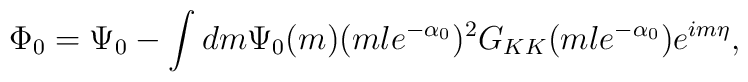
\Phi_0= \Psi_0 - \int dm \Psi_0(m) (ml e^{-\alpha_0})^2G_{KK}(m l e^{-\alpha_0}) e^{i m \eta},